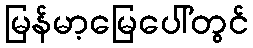
မြန်မာ့မြေပေါ်တွင်